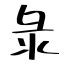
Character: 彔